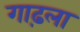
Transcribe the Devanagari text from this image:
गाढ़ला